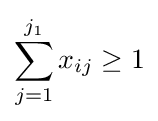
\sum _{j=1}^{j_{1}}x_{ij}\geq 1